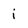
Character: i